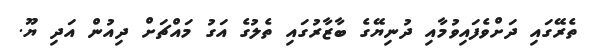
ތެރޭގައި ދަށްވެފައިވުމާއި ދުނިޔޭގެ ބާޒާރުގައި ތެލުގެ އަގު މައްޗަށް ދިއުން އަދި ޔޫ.